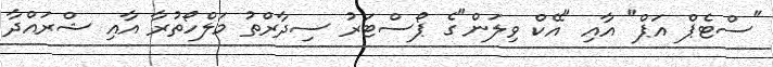
"ސްޓެޕް އަޕް" އާއި "އޭކް ވިލަން"ގެ ޕޯސްޓަރު ސިދާރްތު މަލްހޯތުރާ އާއި ޝްރައްދާ